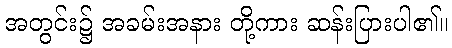
အတွင်း၌ အခမ်းအနား တို့ကား ဆန်းပြားပါ၏။